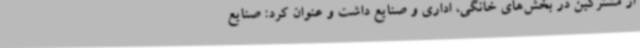
از مشترکین در بخش‌های خانگی، اداری و صنایع داشت و عنوان کرد: صنایع